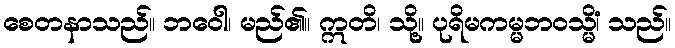
စေတနာသည်။ ဘဝေါ၊ မည်၏။ ဣတိ၊ သို့။ ပုရိမကမ္မဘဝသ္မိံ၊ သည်။